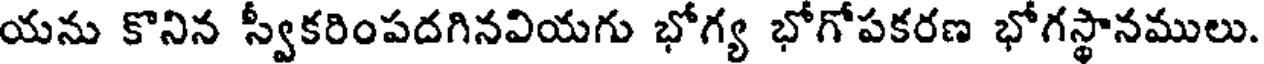
యను కొనిన స్వీకరింపదగినవియగు భోగ్య భోగోపకరణ భోగస్థానములు.